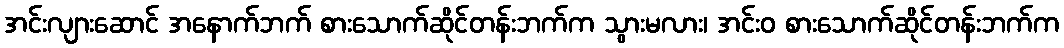
အင်းလျားဆောင် အနောက်ဘက် စားသောက်ဆိုင်တန်းဘက်က သွားမလား၊ အင်းဝ စားသောက်ဆိုင်တန်းဘက်က